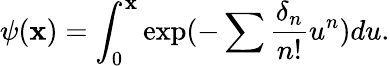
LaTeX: \psi(\mathbf{x})=\int_{0}^{\mathbf{x}}\exp(-\sum\frac{{\delta_{n}}}{{n!}}u^{n})du.